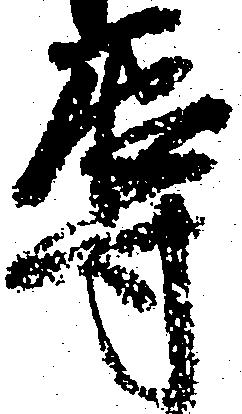
辱